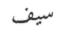
سيف